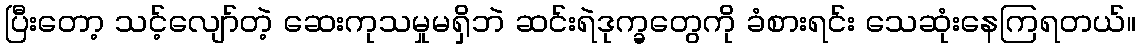
ပြီးတော့ သင့်လျော်တဲ့ ဆေးကုသမှုမရှိဘဲ ဆင်းရဲဒုက္ခတွေကို ခံစားရင်း သေဆုံးနေကြရတယ်။